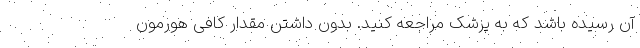
آن رسیده باشد که به پزشک‌ مراجعه کنید. بدون داشتن مقدار کافی هورمون